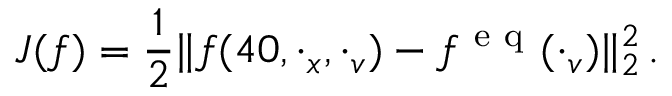
J ( f ) = \frac { 1 } { 2 } \Vert f ( 4 0 , \cdot _ { x } , \cdot _ { v } ) - f ^ { \mathrm { ~ e ~ q ~ } } ( \cdot _ { v } ) \Vert _ { 2 } ^ { 2 } \, .